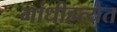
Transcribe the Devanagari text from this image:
गांधीहत्येत